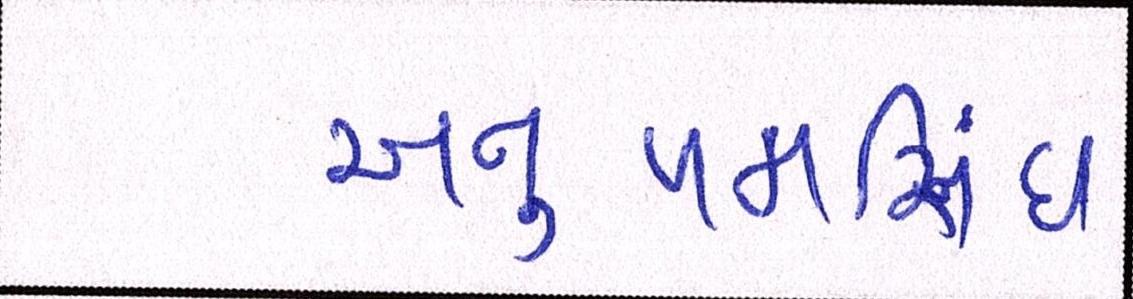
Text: અનુપમસિંઘ